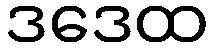
ဒဒေထ